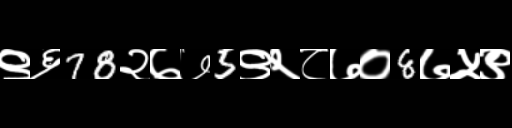
Text: ९६78२७७5९२८७०8७५९